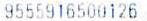
9555916500126